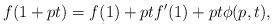
LaTeX: \begin{align*}f(1+pt)=f(1)+ptf'(1)+pt\phi(p,t),\end{align*}